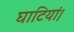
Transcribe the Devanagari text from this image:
घाटियां।